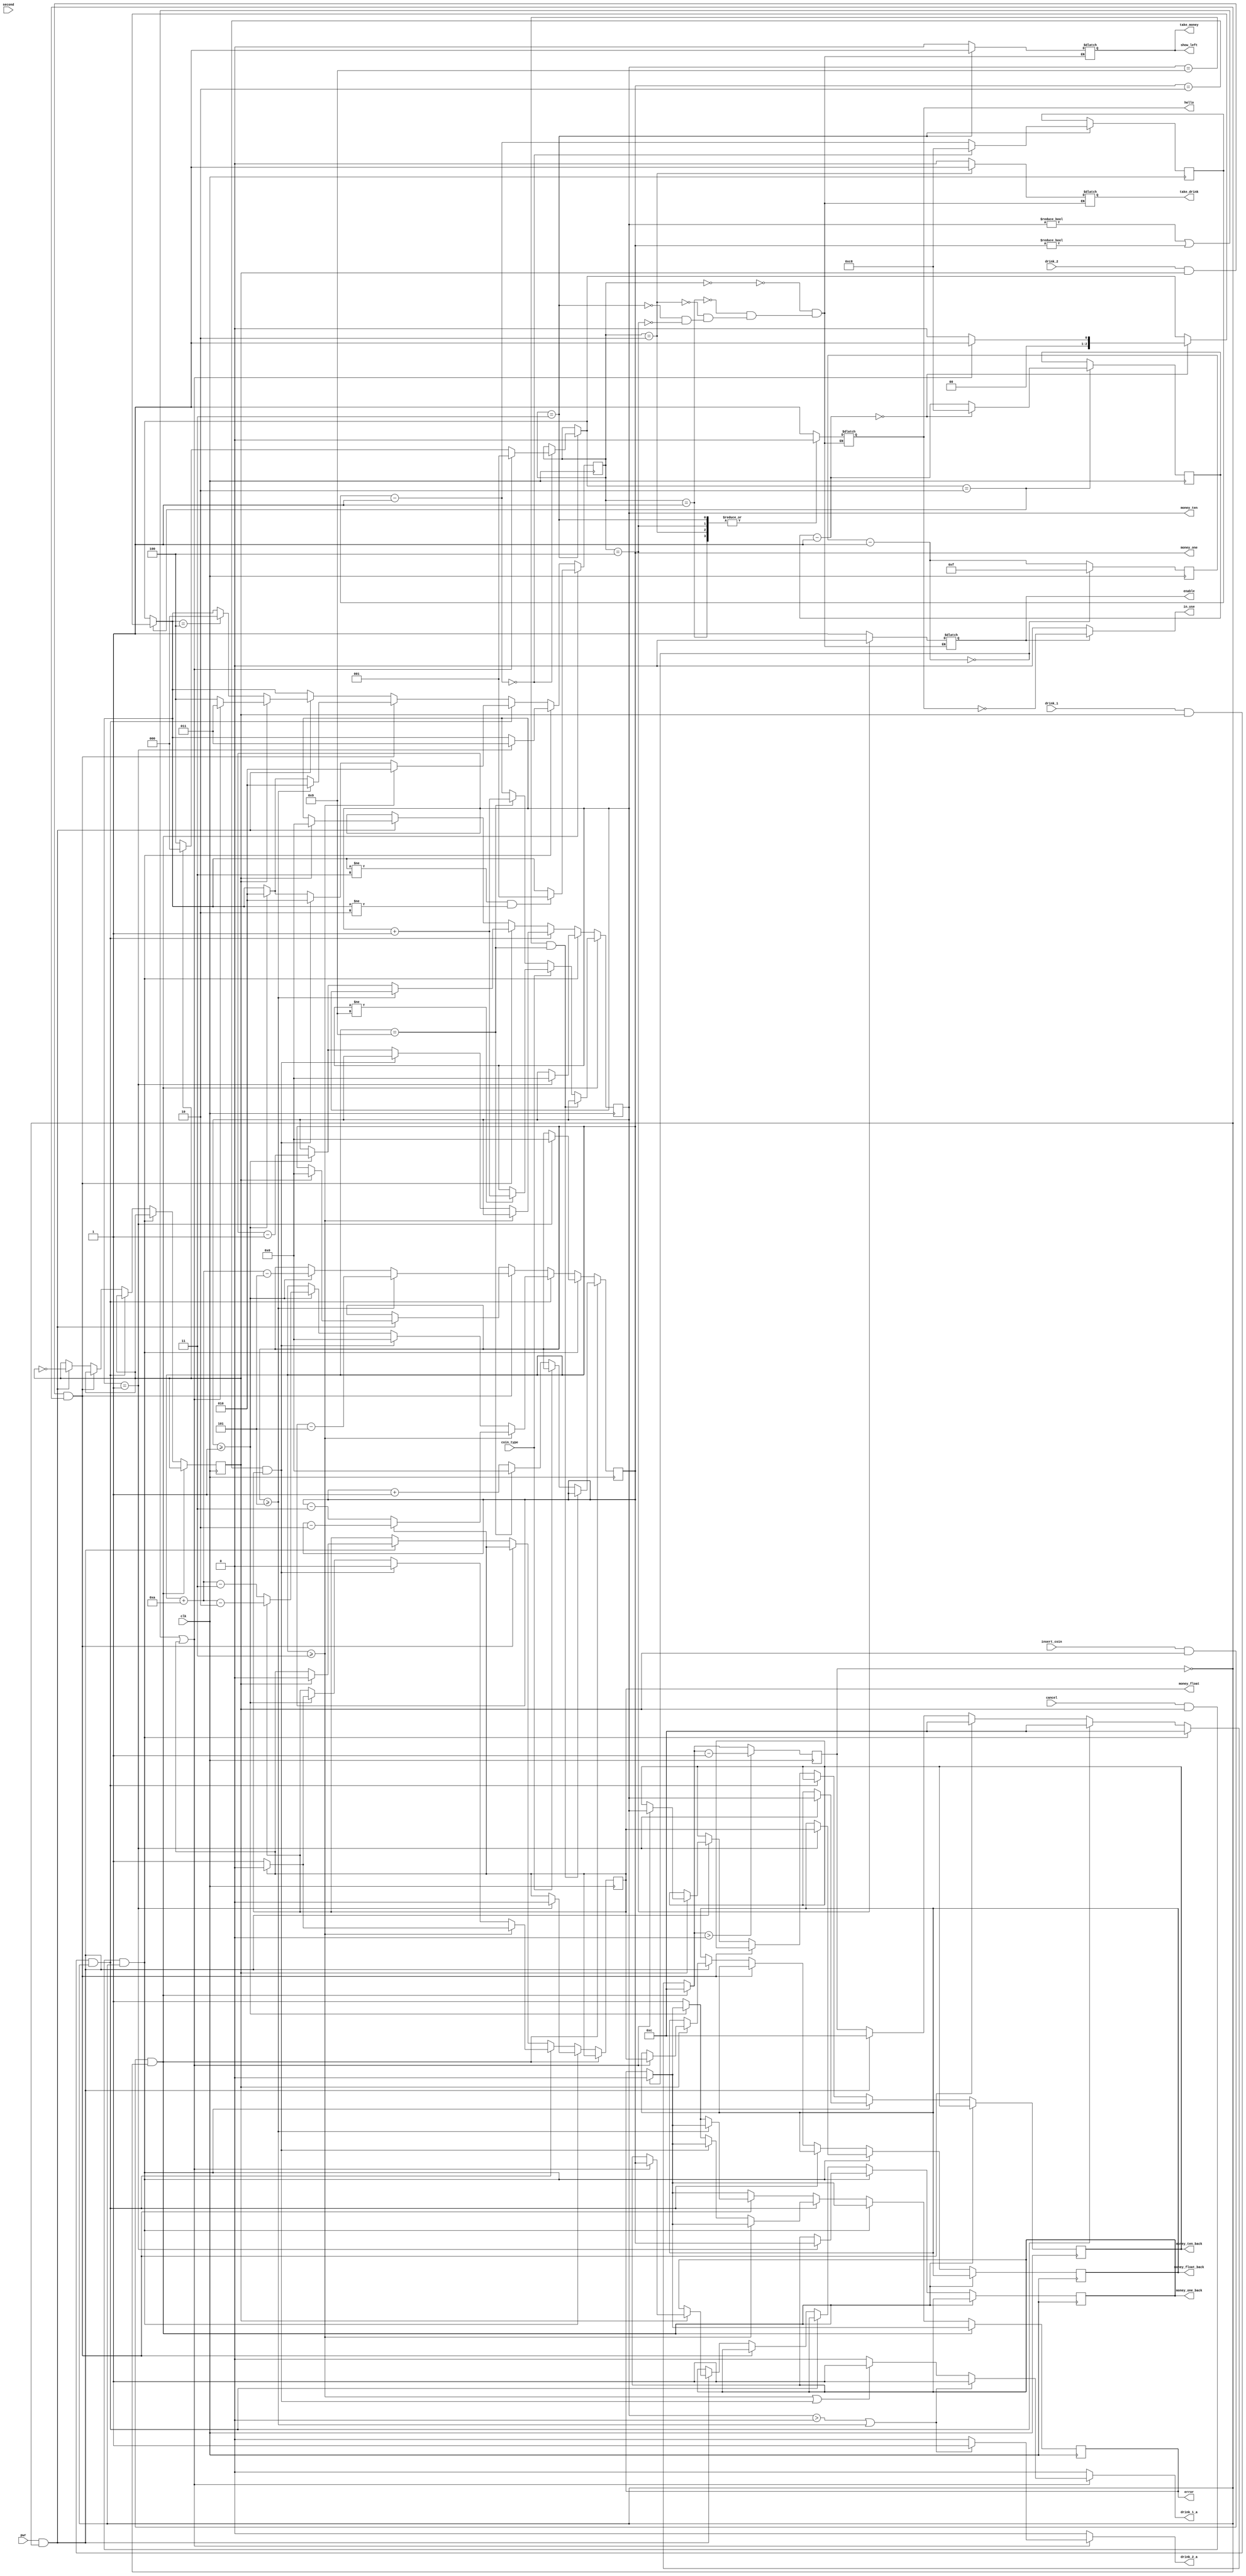
`timescale 1ns / 1ps

module fsm(
    input pwr,         // power btn
    input clk,         // system clk
    input second,      // second clk
    input coin_type,   // coin_type switch
    input insert_coin, // insert_coin btn
    input drink_1,     // drink_1 btn
    input drink_2,     // drink_2 btn
    input cancel,      // cancel btn
        
    output reg enable = 1,     // enable all other module: f_divider, display
    output reg take_drink = 0, // drink is ok to take
    output reg take_money = 0, // money is ok to take
    output reg in_use = 0,     // this machine is in use
    output reg error = 0,      // operation is ERROR
    output reg drink_2_a = 0,  // can buy drink 2
    output reg drink_1_a = 0,  // can buy drink 1

    output reg hello = 1,      // display in hello mode
    output reg [3:0]money_ten = 0,
    output reg [3:0]money_one = 0,
    output reg money_float = 0,

    output reg show_left = 0,
    output reg [3:0]money_ten_back = 0,
    output reg [3:0]money_one_back = 0,
    output reg money_float_back = 0
);
    reg [2:0]state = 4; // initial STATE is power_off status
    reg [7:0]time_to_show_money = 200;
    reg [7:0]time_to_show_drink = 200;
    reg [3:0]time_to_show_error = 15;
    reg power_on = 0;   // power is off defaultly

    // this reg is used for button debouncing.
    reg [3:0]throttle_reg = 12;

    // Main part of state machine, this FSM maintains 5 vars
    always @(state) begin
        case (state)
            0: begin
                hello = 1;
                enable = 1;
                show_left = 0;
                take_drink = 0;
                take_money = 0;
            end

            1: begin
                hello = 0;
                enable = 1;
                show_left = 0;
                take_drink = 0;
                take_money = 0;
            end
            
            2: begin
                hello = 0;
                enable = 1;                
                take_drink = 1;
                show_left = 0;
                take_money = 0;
            end

            3: begin
                hello = 0;
                enable = 1;
                show_left = 1;
                take_money = 1;
                take_drink = 0;
            end

            4: begin
                enable = 0;
                hello = 0;
                show_left = 0;
                take_money = 0;
                take_drink = 0;
            end
        endcase
    end

    always @(posedge clk) begin
        time_to_show_error = time_to_show_error - 1;
        if (time_to_show_error == 0) begin
            error = 0;
            time_to_show_error = 15;
        end
        // timer for take_money LED
        if (state == 3) begin
            time_to_show_money = time_to_show_money - 1;
            if (time_to_show_money == 0) begin
                if (money_ten != 0 || money_one != 0 || money_float != 0)
                    state = 1;
                else begin
                    if (power_on) 
                        state = 0;
                    else
                        state = 4;
                end
                time_to_show_money = 200;
            end
        end

        // timer for take_drink LED
        if (state == 2) begin
            time_to_show_drink = time_to_show_drink - 1;
            if (time_to_show_drink == 0) begin
                if (money_ten != 0 || money_one != 0 || money_float != 0)
                    state = 1;
                else
                    state = 0;
                time_to_show_drink = 200;
            end
        end


        if (insert_coin && power_on && throttle_reg == 0) begin
            if (state != 3 && state != 2) 
                state = 1;
            if (money_ten == 9 && money_one == 9) begin
                // retrun;
            end else begin
                if (coin_type == 0) begin
                    if (money_one == 9) begin
                        money_one = 0;
                        money_ten = money_ten + 1;
                    end else begin
                        money_one = money_one + 1;
                    end
                end else begin
                    if (money_ten != 9)  
                        money_ten = money_ten + 1;
                end
            end
            throttle_reg = 12;
        end else if (cancel && power_on && throttle_reg == 0) begin
            if (state == 1) begin
                state = 3;
                money_ten_back   = money_ten;
                money_one_back   = money_one;
                money_float_back = money_float;
                money_ten = 0;
                money_one = 0;
                money_float = 0;
            end
            throttle_reg = 12;
        end else if (drink_1 && power_on && throttle_reg == 0) begin
            // update money after buying
            if (money_one >= 3) begin
                if (money_float) begin
                    money_float = 0;
                    money_one = money_one - 2;
                end else begin
                    money_float = 1;
                    money_one = money_one - 3;
                end
                state = 2;
            end else if (money_one == 2 && money_float == 1) begin
                money_one = 0;
                money_float = 0;
                state = 2;
            end else if (money_ten >= 1) begin
                money_ten = money_ten - 1;
                if (money_float) begin
                    money_one = money_one + 10 - 2;
                    money_float = 0;
                end else begin
                    money_one = money_one + 10 - 3;
                    money_float = 1;
                end
                state = 2;
            end else
                error = 1;
            throttle_reg = 12;
        end else if (drink_2 && power_on && throttle_reg == 0) begin
            // update money after buying
            if (money_one >= 5) begin
                money_one = money_one - 5;
                state = 2;
            end else if (money_ten >= 1) begin
                money_ten = money_ten - 1;
                money_one = money_one + 10 - 5;
                state = 2;
            end else
                error = 1;
            throttle_reg = 12;
        end else if (pwr && throttle_reg == 0) begin
            power_on = ~power_on;
            if (power_on) begin
                if (state == 4)
                    state = 0;
            end else begin
                if (money_ten != 0 || money_one != 0 || money_float != 0) begin
                    state = 3;
                    money_ten_back   = money_ten;
                    money_one_back   = money_one;
                    money_float_back = money_float;
                    money_ten = 0;
                    money_one = 0;
                    money_float = 0;
                end else begin
                    state = 4;
                    money_ten = 0;
                    money_one = 0;
                    money_float = 0;
                end
            end

            throttle_reg = 12;
        end
        if (throttle_reg > 0) begin
            throttle_reg = throttle_reg - 1;
        end
    end

    // update drink_2_a and drink_1_a when money amount changes.
    always @(money_ten or money_one or money_float) begin
        if (money_ten != 0 || money_one != 0 || money_float != 0)
            if (money_ten > 0 || money_one >= 5) begin
                drink_2_a = 1;
                drink_1_a = 1;
            end else if (money_one >= 3 || (money_one == 2 && money_float == 1)) begin
                drink_1_a = 1;
                drink_2_a = 0;
            end else begin
                drink_2_a = 0;
                drink_1_a = 0;
            end
        else begin
            drink_2_a = 0;
            drink_1_a = 0;
        end
    end

    always @(hello) begin
        in_use = ~hello;
        if (!enable)
            in_use = 0;
    end
endmodule